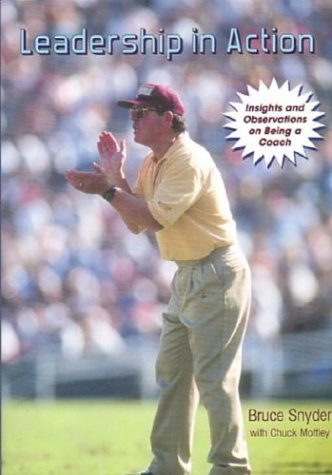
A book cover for Leadership in Action: Insights and Observations on Being a Coach; Bruce Snyder; Sports & Outdoors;